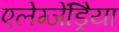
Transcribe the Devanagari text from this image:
एलेग्जेंड्रेिया